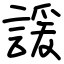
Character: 諼